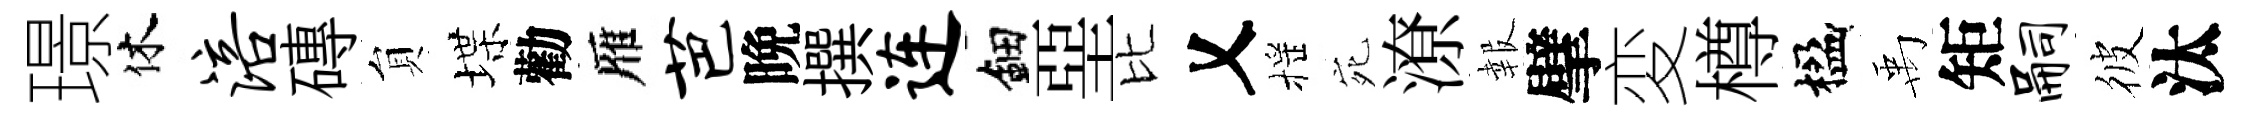
璟休涪磚貟堞勸雁芭晩撰连鈿堊比乂摇宛潦報擘変樽楹禹矩嗣彼汰